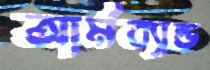
আর্মব্যান্ড